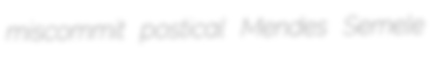
miscommit postical Mendes Semele